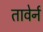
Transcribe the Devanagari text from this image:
तावेर्न